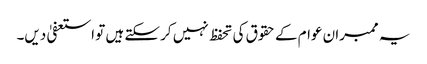
یہ ممبران عوام کے حقوق کی تحفظ نہیں کر سکتے ہیں تو استعفیٰ دیں۔